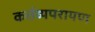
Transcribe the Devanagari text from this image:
कर्त्तव्यपरायण